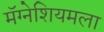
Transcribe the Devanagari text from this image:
मॅग्नेशियमला